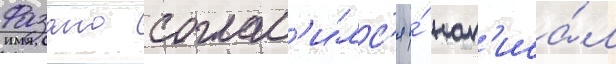
Фазано соглас'и́лс'я и́ нап'иса́л